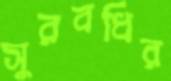
সুরবধির